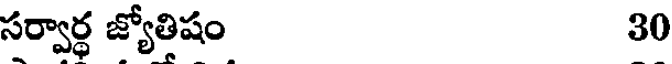
సర్వార్థ జ్యోతిష 30